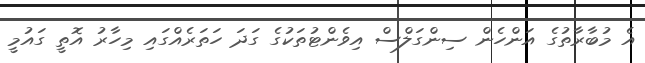
އެ މުބާރާތުގެ އަންހެން ސިންގަލްސް އިވެންޓުތަކުގެ ގަދަ ހަތަރެއްގައި މިހާރު އޮތީ ގައުމީ